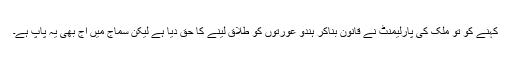
کہنے کو تو ملک کی پارلیمنٹ نے قانون بناکر ہندو عورتوں کو طلاق لینے کا حق دیا ہے لیکن سماج میں آج بھی یہ پاپ ہے۔